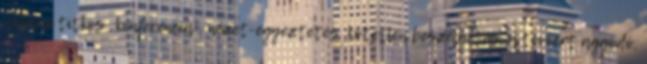
va­la­mi titkos „konferencia”, nézet-e­gyeztetés, kötetlen beszélgetés, a tévéért aggódó,